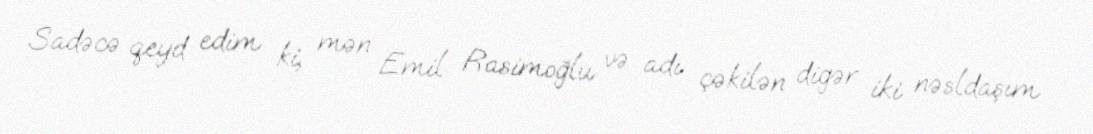
Sadəcə qeyd edim ki, mən Emil Rasimoğlu və adı çəkilən digər iki nəsldaşım